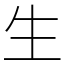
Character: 生